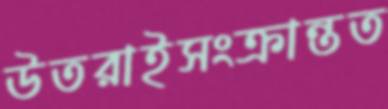
উতরাইসংক্রান্তত